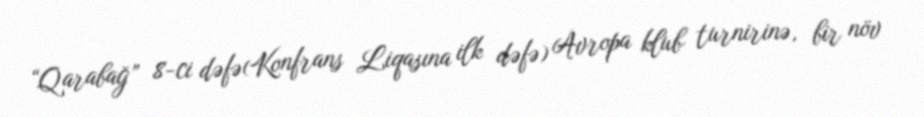
“Qarabağ” 8-ci dəfə(Konfrans Liqasına ilk dəfə) Avropa klub turnirinə, bir növ